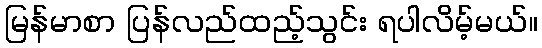
မြန်မာစာ ပြန်လည်ထည့်သွင်း ရပါလိမ့်မယ်။